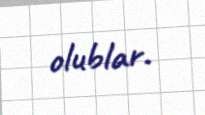
olublar.